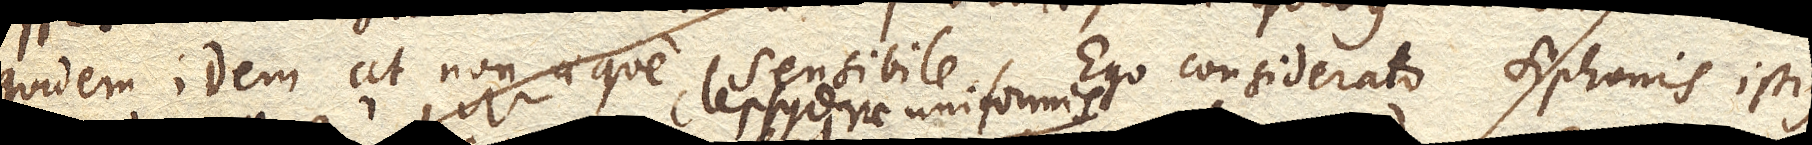
quidem idem at non aeque sensibile. Ego considerato siphonis istius